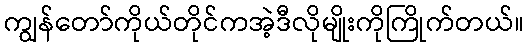
ကျွန်တော်ကိုယ်တိုင်ကအဲ့ဒီလိုမျိုးကိုကြိုက်တယ်။